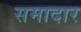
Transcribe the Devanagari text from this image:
समादार